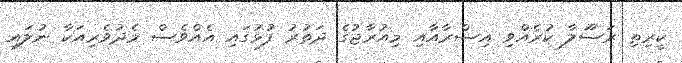
ކީރިތި ރަސޫލާ ކުރެއްވި އިސްރާއާއި މިއުރާޖުގެ ދަތުރު ފުޅުގައި އެއްވެސް މެދުވެރިއަކާ ނުލައި